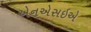
એનએસઇએ